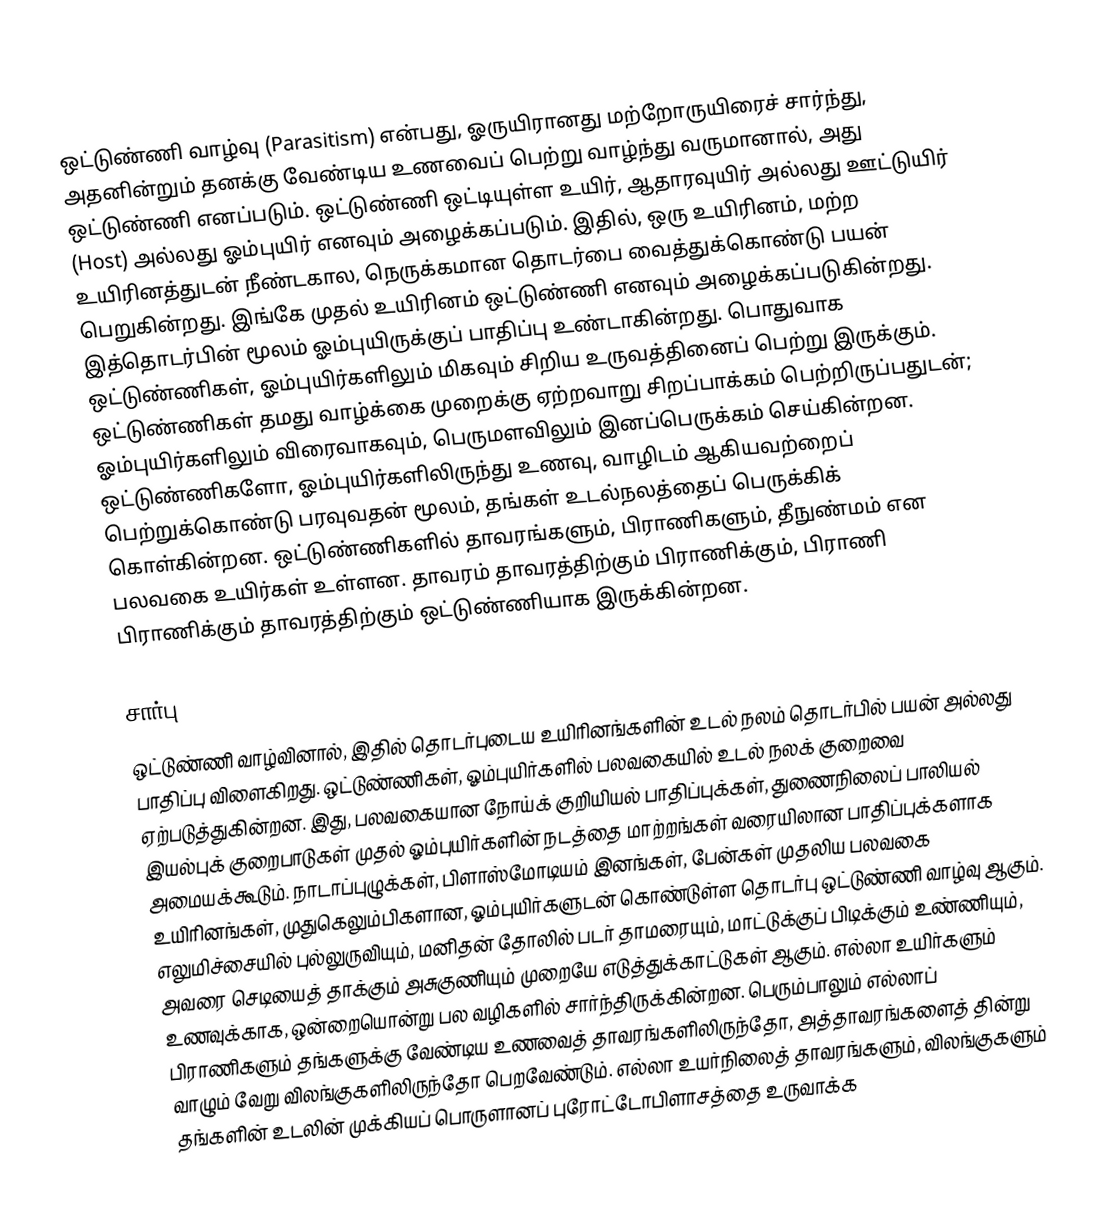
ஒட்டுண்ணி வாழ்வு (Parasitism) என்பது, ஓருயிரானது மற்றோருயிரைச் சார்ந்து, அதனின்றும் தனக்கு வேண்டிய உணவைப் பெற்று வாழ்ந்து வருமானால், அது ஒட்டுண்ணி எனப்படும். ஒட்டுண்ணி ஒட்டியுள்ள உயிர், ஆதாரவுயிர் அல்லது ஊட்டுயிர் (Host) அல்லது ஓம்புயிர் எனவும் அழைக்கப்படும். இதில், ஒரு உயிரினம், மற்ற உயிரினத்துடன் நீண்டகால, நெருக்கமான தொடர்பை வைத்துக்கொண்டு பயன் பெறுகின்றது. இங்கே முதல் உயிரினம் ஒட்டுண்ணி எனவும் அழைக்கப்படுகின்றது. இத்தொடர்பின் மூலம் ஓம்புயிருக்குப் பாதிப்பு உண்டாகின்றது. பொதுவாக ஒட்டுண்ணிகள், ஓம்புயிர்களிலும் மிகவும் சிறிய உருவத்தினைப் பெற்று இருக்கும். ஒட்டுண்ணிகள் தமது வாழ்க்கை முறைக்கு ஏற்றவாறு சிறப்பாக்கம் பெற்றிருப்பதுடன்; ஓம்புயிர்களிலும் விரைவாகவும், பெருமளவிலும் இனப்பெருக்கம் செய்கின்றன. ஒட்டுண்ணிகளோ, ஓம்புயிர்களிலிருந்து உணவு, வாழிடம் ஆகியவற்றைப் பெற்றுக்கொண்டு பரவுவதன் மூலம், தங்கள் உடல்நலத்தைப் பெருக்கிக் கொள்கின்றன. ஒட்டுண்ணிகளில் தாவரங்களும், பிராணிகளும், தீநுண்மம் என பலவகை உயிர்கள் உள்ளன. தாவரம் தாவரத்திற்கும் பிராணிக்கும், பிராணி பிராணிக்கும் தாவரத்திற்கும் ஒட்டுண்ணியாக இருக்கின்றன.

சார்பு
ஒட்டுண்ணி வாழ்வினால், இதில் தொடர்புடைய உயிரினங்களின் உடல் நலம் தொடர்பில் பயன் அல்லது பாதிப்பு விளைகிறது. ஒட்டுண்ணிகள், ஓம்புயிர்களில் பலவகையில் உடல் நலக் குறைவை ஏற்படுத்துகின்றன. இது, பலவகையான நோய்க் குறியியல் பாதிப்புக்கள், துணைநிலைப் பாலியல் இயல்புக் குறைபாடுகள் முதல் ஓம்புயிர்களின் நடத்தை மாற்றங்கள் வரையிலான பாதிப்புக்களாக அமையக்கூடும். நாடாப்புழுக்கள், பிளாஸ்மோடியம் இனங்கள், பேன்கள் முதலிய பலவகை உயிரினங்கள், முதுகெலும்பிகளான, ஓம்புயிர்களுடன் கொண்டுள்ள தொடர்பு ஒட்டுண்ணி வாழ்வு ஆகும். எலுமிச்சையில் புல்லுருவியும், மனிதன் தோலில் படர் தாமரையும், மாட்டுக்குப் பிடிக்கும் உண்ணியும், அவரை செடியைத் தாக்கும் அசுகுணியும் முறையே எடுத்துக்காட்டுகள் ஆகும். எல்லா உயிர்களும் உணவுக்காக, ஒன்றையொன்று பல வழிகளில் சார்ந்திருக்கின்றன. பெரும்பாலும் எல்லாப் பிராணிகளும் தங்களுக்கு வேண்டிய உணவைத் தாவரங்களிலிருந்தோ, அத்தாவரங்களைத் தின்று வாழும் வேறு விலங்குகளிலிருந்தோ பெறவேண்டும். எல்லா உயர்நிலைத் தாவரங்களும், விலங்குகளும் தங்களின் உடலின் முக்கியப் பொருளானப் புரோட்டோபிளாசத்தை உருவாக்க